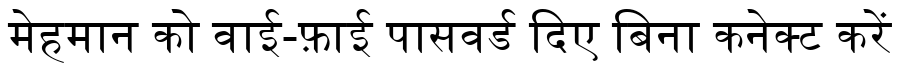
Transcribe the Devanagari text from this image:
मेहमान को वाई-फ़ाई पासवर्ड दिए बिना कनेक्ट करें